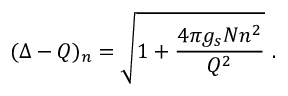
( \Delta - Q ) _ { n } = \sqrt { 1 + \frac { 4 \pi g _ { s } N n ^ { 2 } } { Q ^ { 2 } } } ~ .